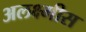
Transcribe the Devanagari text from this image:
अलक्ष्मीस